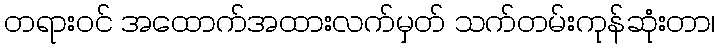
တရားဝင် အထောက်အထားလက်မှတ် သက်တမ်းကုန်ဆုံးတာ၊